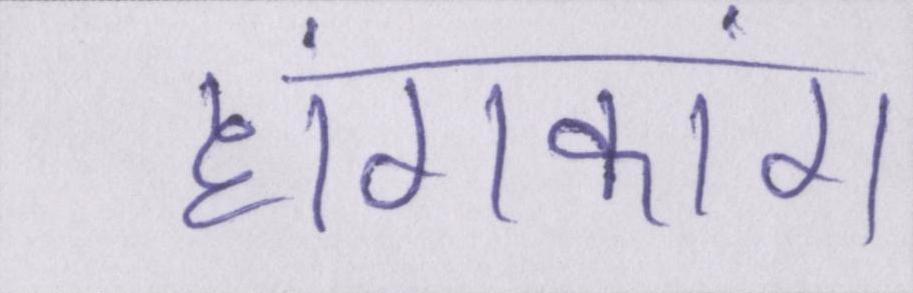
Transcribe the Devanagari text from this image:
हांगकांग